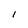
Character: 1